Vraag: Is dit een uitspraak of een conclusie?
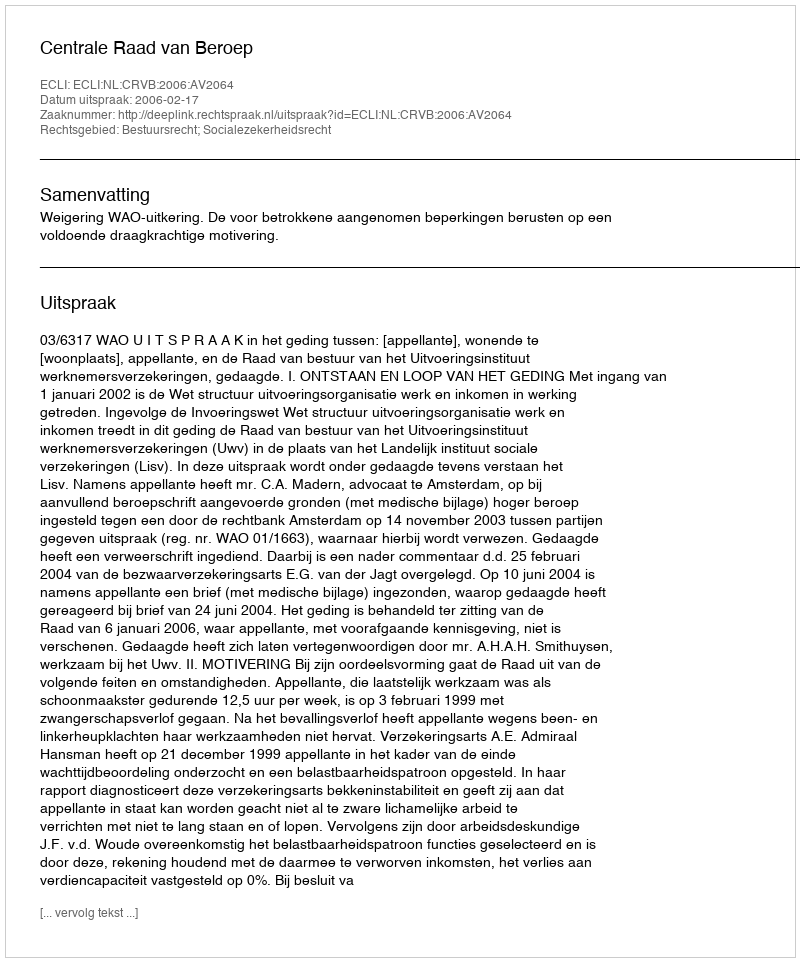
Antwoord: Uitspraak